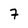
Character: 7